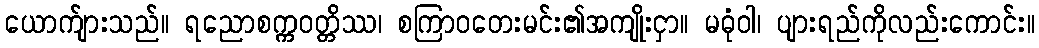
ယောက်ျားသည်။ ရညောစက္ကဝတ္တိဿ၊ စကြာဝတေးမင်း၏အကျိုးငှာ။ မဓုံဝါ၊ ပျားရည်ကိုလည်းကောင်း။